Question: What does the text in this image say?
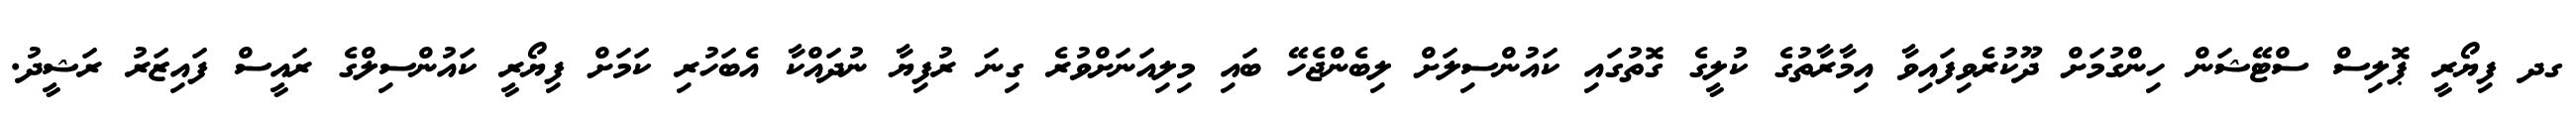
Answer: ގދ ފިޔޯރީ ޕޮލިސް ސްޓޭޝަން ހިންގުމަށް ދޫކުރެވިފައިވާ އިމާރާތުގެ ކުލީގެ ގޮތުގައި ކައުންސިލަށް ލިބެންޖެހޭ ބައި މިލިއަނަށްވުރެ ގިނަ ރުފިޔާ ނުދައްކާ އެބަހުރި ކަމަށް ފިޔޯރީ ކައުންސިލްގެ ރައީސް ފައިޒަރު ރަޝީދު.